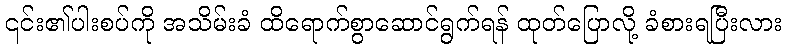
၎င်း၏ပါးစပ်ကို အသိမ်းခံ ထိရောက်စွာဆောင်ရွက်ရန် ထုတ်ပြောလို့ ခံစားရပြီးလား